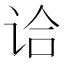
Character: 𰵣